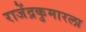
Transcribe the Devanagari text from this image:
राजेंद्रकुमारला